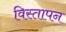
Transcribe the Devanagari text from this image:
विस्तापन